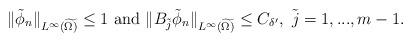
LaTeX: \begin{align*}\|\tilde{\phi}_{n}\|_{L^{\infty}(\widetilde{\Omega)}}\leq1\ \mbox{and}\ \|B_{\tilde{j}}\tilde{\phi}_{n}\|_{L^{\infty}(\widetilde{\Omega)}}\leq C_{\delta'},\ \tilde{j}=1,...,m-1.\end{align*}